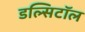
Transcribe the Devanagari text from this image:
डल्सिटॉल